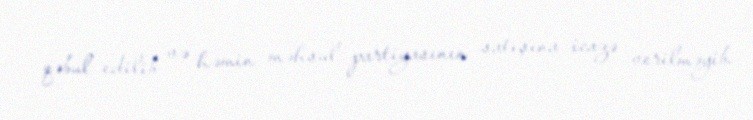
qəbul edilib və həmin məhsul partiyasının satışına icazə verilməyib.